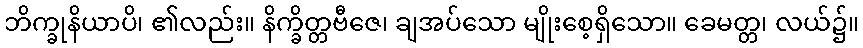
ဘိက္ခုနိယာပိ၊ ၏လည်း။ နိက္ခိတ္တဗီဇေ၊ ချအပ်သော မျိုးစေ့ရှိသော။ ခေမတ္တ၊ လယ်၌။